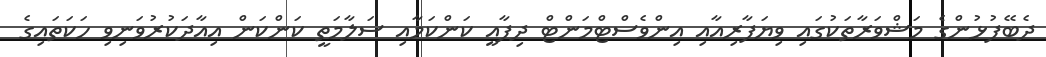
ދެބޭފުޅުންގެ މަޝްވަރާތަކުގައި ވިޔަފާރިއާއި އިންވެސްޓްމަންޓް ދިފާއީ ކަންކަމާއި ސަލާމަތީ ކަންކަން އިއާދަކުރުވަނިވި ހަކަތައިގެ